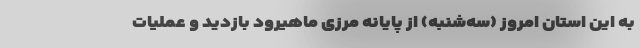
به این استان امروز (سه‌شنبه) از پایانه مرزی ماهیرود بازدید و عملیات